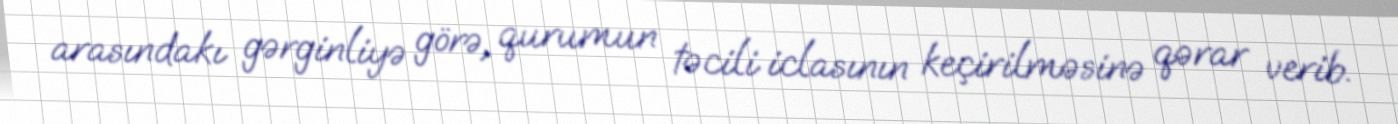
arasındakı gərginliyə görə, qurumun təcili iclasının keçirilməsinə qərar verib.